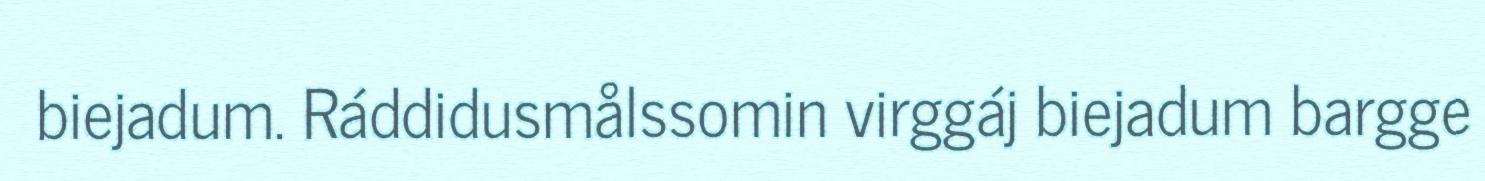
biejadum. Ráddidusmålssomin virggáj biejadum bargge